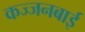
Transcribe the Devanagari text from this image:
कज्जनबाई